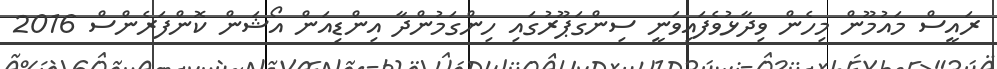
ރައީސް މައުމޫން މިހެން ވިދާޅުވެފައިވަނީ ސިންގަޕޫރުގައި ހިންގަމުންދާ އިންޑިއަން އޯޝަން ކޮންފަރެންސް 2016